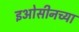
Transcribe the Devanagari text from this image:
इओसीनच्या